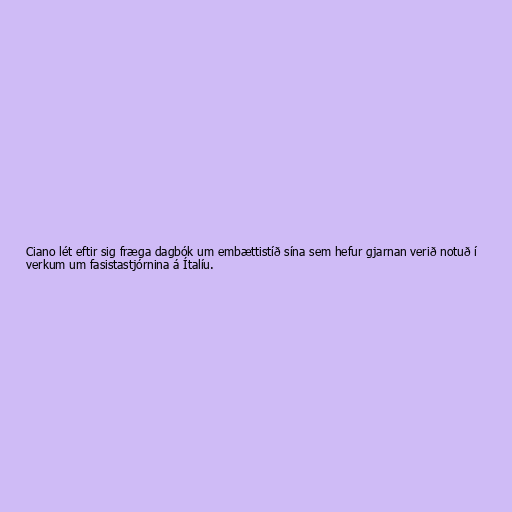
Ciano lét eftir sig fræga dagbók um embættistíð sína sem hefur gjarnan verið notuð í
verkum um fasistastjórnina á Ítalíu.